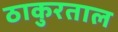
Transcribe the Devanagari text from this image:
ठाकुरताल